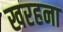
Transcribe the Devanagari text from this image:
खरहना